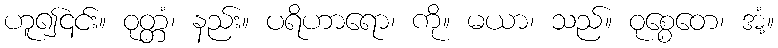
ဟူ၍၎င်း။ ဝုတ္တံ၊ နည်း။ ပရိဟာရော၊ ကို။ မယာ၊ သည်။ ဝုစ္စေတေ၊ အံ့။